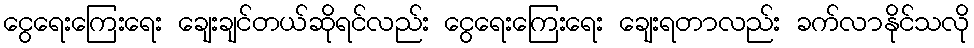
ငွေရေးကြေးရေး ချေးချင်တယ်ဆိုရင်လည်း ငွေရေးကြေးရေး ချေးရတာလည်း ခက်လာနိုင်သလို